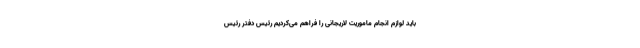
باید لوازم انجام ماموریت لاریجانی را فراهم می‌کردیم رئیس دفتر رئیس